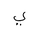
Letter: _ya